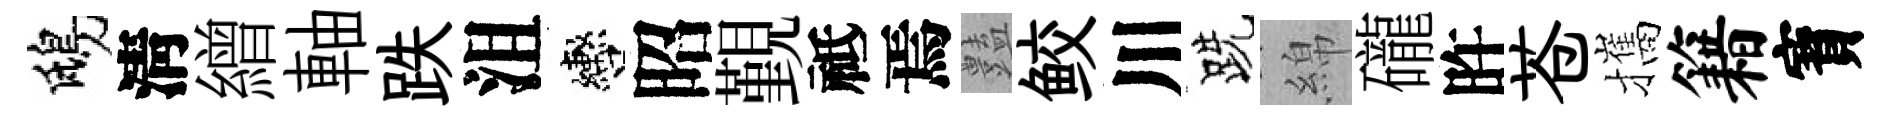
鴟淸繒軸跌沮轡昭覲祗焉𧰟鲛川跣綿礲旿苍攜籍寳